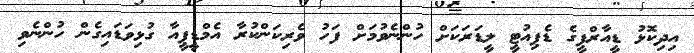
އިދިކޮޅު ޑީއާރްޕީގެ ޑެޕިއުޓީ ލީޑަރަކަށް ހުންނެވުމަށް ފަހު ވެރިކަންކުރާ އެމްޑީޕީއާ ގުޅިވަޑައިގެން ހުންނެވި